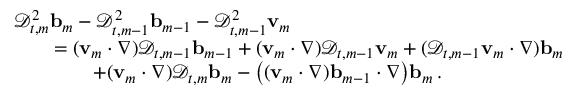
\begin{array} { r l } & { \mathscr { D } _ { t , m } ^ { 2 } \ensuremath { \mathbf { b } } _ { m } - \mathscr { D } _ { t , m - 1 } ^ { 2 } \ensuremath { \mathbf { b } } _ { m - 1 } - \mathscr { D } _ { t , m - 1 } ^ { 2 } \ensuremath { \mathbf { v } } _ { m } } \\ & { \qquad = ( \ensuremath { \mathbf { v } } _ { m } \cdot \nabla ) \mathscr { D } _ { t , m - 1 } \ensuremath { \mathbf { b } } _ { m - 1 } + ( \ensuremath { \mathbf { v } } _ { m } \cdot \nabla ) \mathscr { D } _ { t , m - 1 } \ensuremath { \mathbf { v } } _ { m } + ( \mathscr { D } _ { t , m - 1 } \ensuremath { \mathbf { v } } _ { m } \cdot \nabla ) \ensuremath { \mathbf { b } } _ { m } } \\ & { \qquad \qquad + ( \ensuremath { \mathbf { v } } _ { m } \cdot \nabla ) \mathscr { D } _ { t , m } \ensuremath { \mathbf { b } } _ { m } - \bigl ( ( \ensuremath { \mathbf { v } } _ { m } \cdot \nabla ) \ensuremath { \mathbf { b } } _ { m - 1 } \cdot \nabla \bigr ) \ensuremath { \mathbf { b } } _ { m } \, . } \end{array}